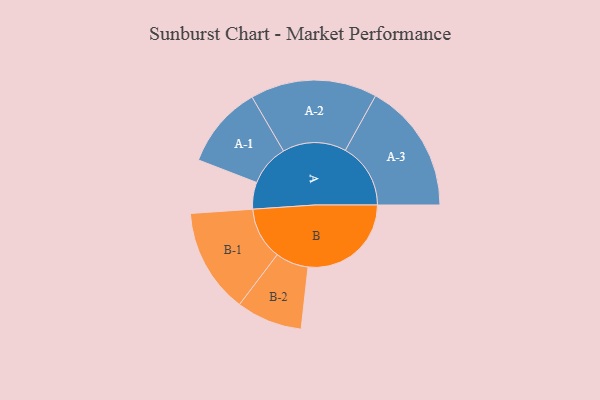
{"axis": {"x": "Segment", "y": "Value"}, "legend": ["", "A", "B"], "data": [{"x": "A", "y": 116, "type": ""}, {"x": "B", "y": 447, "type": ""}, {"x": "A-1", "y": 179, "type": "A"}, {"x": "A-2", "y": 275, "type": "A"}, {"x": "A-3", "y": 283, "type": "A"}, {"x": "B-1", "y": 227, "type": "B"}, {"x": "B-2", "y": 143, "type": "B"}]}